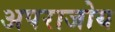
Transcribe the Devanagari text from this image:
अपराजोय